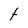
Character: f